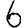
Digit: 6